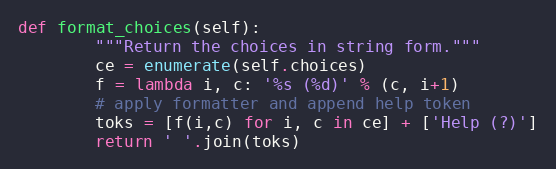
Language: Python
def format_choices(self):
        """Return the choices in string form."""
        ce = enumerate(self.choices)
        f = lambda i, c: '%s (%d)' % (c, i+1)
        # apply formatter and append help token
        toks = [f(i,c) for i, c in ce] + ['Help (?)']
        return ' '.join(toks)